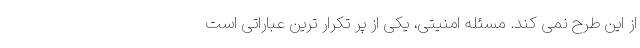
از این طرح نمی کند. مسئله امنیتی، یکی از پر تکرار ترین عباراتی است